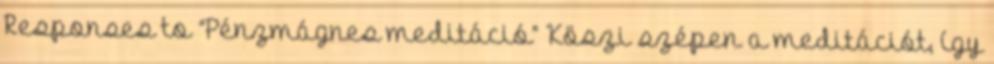
Responses to “Pénzmágnes meditáció” Köszi szépen a meditációt, így